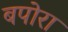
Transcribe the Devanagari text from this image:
बपोरा